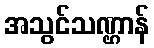
အသွင်သဏ္ဌာန်